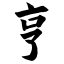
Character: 亨